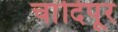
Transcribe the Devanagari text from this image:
चांदिपूर